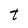
Character: t